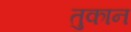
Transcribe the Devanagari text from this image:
तुकान